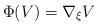
LaTeX: \begin{align*} \Phi(V)=\nabla_\xi V\end{align*}